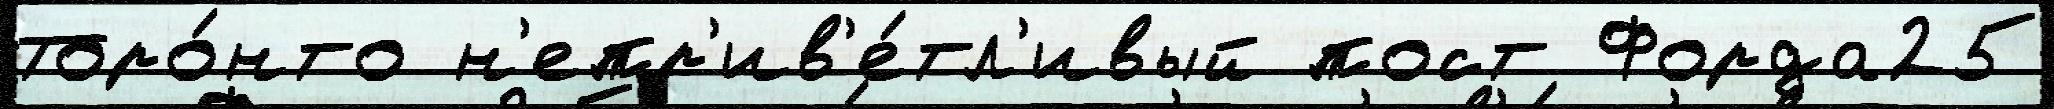
Торо́нто н'епр'ив'е́тл'ивый пост Форда25